King Institute of Preventive Medicine Micro-Biological Section reports 1909-11
Year: 1909
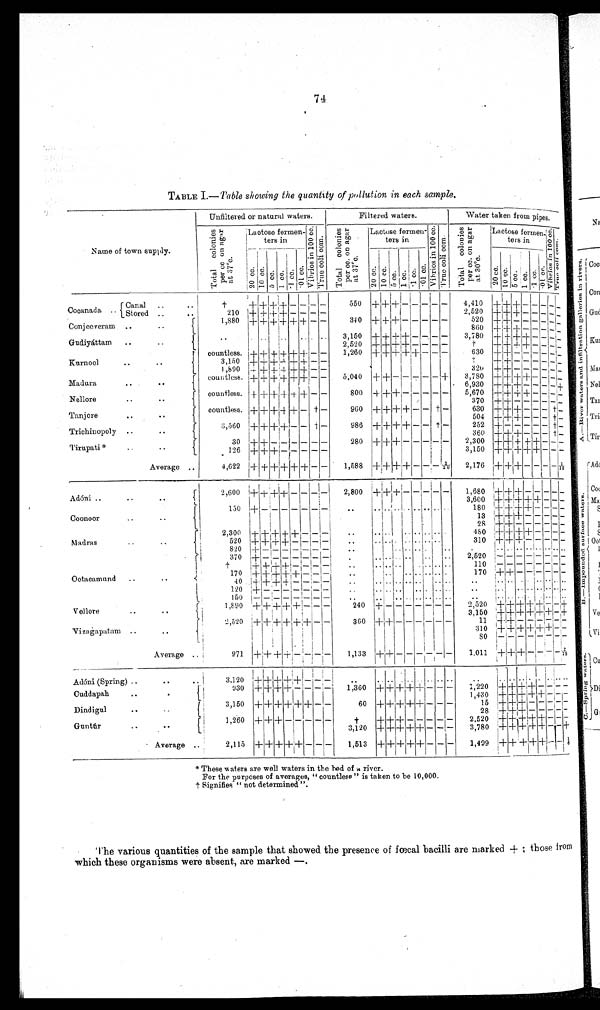
74
TABLE I.— Table showing the quantity of pollution in each sample .
Name of town supply.
Unfiltered or natural waters.
Filtered waters.
Water taken from pipes.
T o t a l c o l o n i e s p e r c c o n a g a r a t 3 7°c .
Lactose fermen
-ters in
V i b r i o s i n 1 0 0 c c .
Tr u e c o l i c o m.
T o t a l c o l o n i e s p e r c c . o n a g a r a t 3 7°c .
Lactose ferme
n-ters in
V i b r i o s i n 1 0 0 c c .
T r u e c o l i c o m.
T o t a l c o l o n i e s p e r c c . o n a g a r a t 3 0°c .
Lactose fermen
-ters in
Vi b r i o s i n 1 0 0 c c .T r u e c o l i c o m.
20 cc.
10 cc.
5 cc. 1 cc. · 1 c c . · 01 cc.
20 c c .
10 cc.
5 cc. 1 c c .
·1 cc. ·01 cc.
20 c c . 10 cc.
5 cc. 1 cc.
· 1 cc.
· 01 cc.
Cocanada
Canal
†
+ + + +
− − − −
550
+ + +
− − − − −
4,410
+ + +
−
− − − −
Stored
210
+ + + +
− − − −
2,520
+ + +
− − − −
−
Conjeeveram
1,880
+ + + + + +
− −
340
+ + +
− − − − −
520
+ +
− − − − − −
860
+ + +
− − − − −
Gudiyáttam
3,150
+ + + +
− − − −
3,780
+ + + +
− − − −
2 , 5 2 0
+ + + +
− − − −
†
+ + + +
− − − −
Kurnool
countless.
+ + + + + +
− −
1,260
+ + + + +
− − −
630
+ +
− − − − − −
3,150
+ + + + + +
− −
†
+ +
− − − − − −
1,890
+ + + + + +
− −
320
+ +
− − − − − −
Madura
countless.
+ + + + + +
− −
5,040 + + − − − − − +
3,780
+ + + +
− − − −
6,930
+ + +
− − − − −
Nellore
countless.
+ + + + + +
− −
800 + + + − − − − −
5,670
+ + + +
− − − −
3 7 0
+ +
− − − − − −
Tajore
countless.
+ + + + +
− † −
960 + + + + − − † −
630
+ + +
− − − † −
504
+ + +
− − − † −
Trichinooly
3,560
+ + + +
− − † −
986 + + + + − − † −
252
+
− − − − − †−
360
+ + +
− − − † −
Trupati*
30
+ +
−− − − − −
280 + + + − − − − −
2,300
+ + + + +
− − −
126
+ + +
− − − − −
3,150
+ + +
+ + − − −
Average
4,622
+ + + + +
− − −
1,588 + +
+
+ − − − 1/10
2,176 + + + − − − −
1 / 1 9
Adóni
2,600
+ + + +
− −
−
−
2,800 ,
+ +
+ −
− − − −
1,680
+ + + − − − − −
3,600 + + + + + − − −
Coonoor
150
+
− − − − − − −
180 + + + + − − − −
13 + + + − − − − −
2 8
+ + − − − − − −
Madras
2,300 + + + + + − − −
480 + + + + − − − −
520 + + + + − − − −
310
+ + + − − − − −
820 + − − − − − − −
Ootaeamund
3 7 0 + − − − − − − −
2,520 − − − − − − − −
†
+ + + + − − − −
1 1 0
− − − − − − − −
170
+ + + +
+ − −
170 + + − − − − − −
40 + + + + − − − −
1 2 0
+ − − − − − − −
150 − − − − − − − −
Villore
1,890
+ + + + + − − −
240 + − − − − − − −
2,520 + + + + + − − +
3,150 + + + + + + − +
Vizagapatam
2,520 + + + + + + − −
360 + + − − − − − −
11 + + − − − − − −
310 + + + + + + − −
8 0 − − − − − − − −
Average
971 + + + + − − − −
1,133 + + − − − − − −
1,011 + + + − − − −
2 / 1 5
Adóni (Spring)
3,120
+ + + + + − − −
Cuddapah
930 + + + + − − − −
1,360 + + + + + − − −
1 , 2 2 0 + + + + − − − −
1,430 + + + + + − − −
Dindigul
3,150 + + + + + + − −
60 + + + + + − − −
15 + + + − − − − −
28 + + + − − − − −
Guntúr
1,260 + + + − − − − −
†
+ + + − − − − −
2,520 + + + + + − − −
3,120 + + + + + − − −
3,780 + + + +
+ − − +
Average
2,115 + + + + + −
− −
1,513 + + +
+ + −
− −
1,499 + + +
+
+ − −
1 / 6
*These waters are well waters in the bed of a river.
For the purposes of averages, "countless" is taken to be 10,000.
† Signifies "not determined".
The various quantities of the sample that showed the presence of fœcal bacilli are marked +; those from
which these organisms were absent, are marked—.